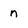
Character: n